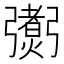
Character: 𢐼